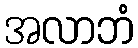
အလာဘံ